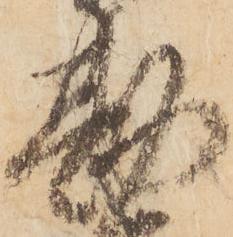
勘